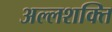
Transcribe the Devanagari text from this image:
अल्लशक्ति